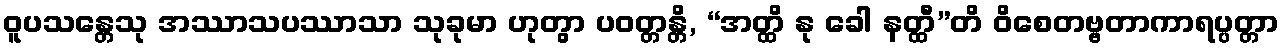
ဝူပသန္တေသု အဿာသပဿာသာ သုခုမာ ဟုတွာ ပဝတ္တန္တိ, “အတ္ထိ နု ခေါ နတ္ထီ”တိ ဝိစေတဗ္ဗတာကာရပ္ပတ္တာ